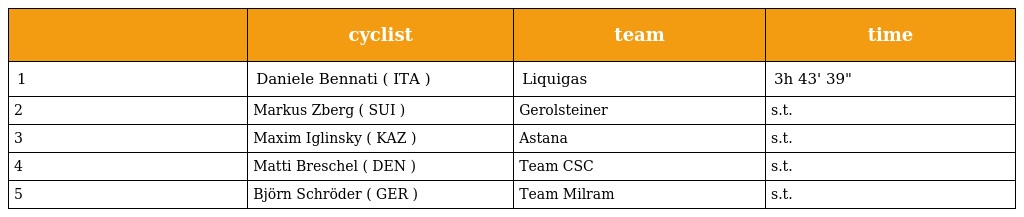
|  | cyclist | team | time |
 | --- | --- | --- | --- |
 | 1 | Daniele Bennati ( ITA ) | Liquigas | 3h 43' 39" |
 | 2 | Markus Zberg ( SUI ) | Gerolsteiner | s.t. |
 | 3 | Maxim Iglinsky ( KAZ ) | Astana | s.t. |
 | 4 | Matti Breschel ( DEN ) | Team CSC | s.t. |
 | 5 | Björn Schröder ( GER ) | Team Milram | s.t. |